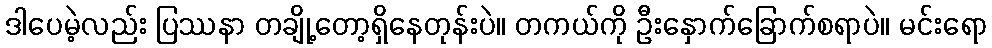
ဒါပေမဲ့လည်း ပြဿနာ တချို့တော့ရှိနေတုန်းပဲ။ တကယ်ကို ဦးနှောက်ခြောက်စရာပဲ။ မင်းရော